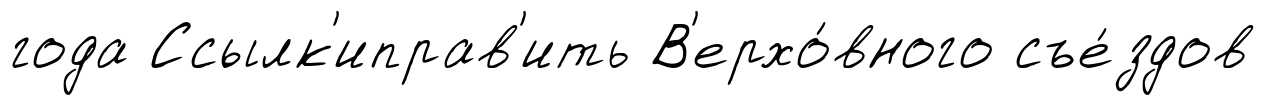
года Ссылк'иправ'ить В'ерхо́вного съе́здов